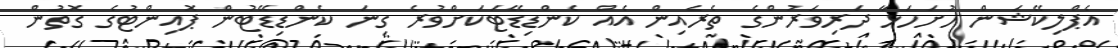
އެޕްލިކޭޝަން ހުށަހަޅާ ދަރިވަރުންގެ ތެރެއިން އެއް ކެންޑިޑޭޓަކަށްވުރެ ގިނަ ކެންޑިޑޭޓުން ޕޮއިންޓުގެ ގޮތުން